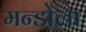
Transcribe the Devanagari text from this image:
मन्डोला